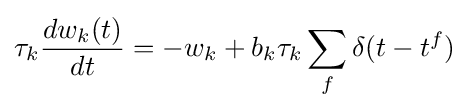
\tau _{k}{\frac {dw_{k}(t)}{dt}}=-w_{k}+b_{k}\tau _{k}\sum _{f}\delta (t-t^{f})